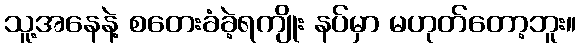
သူ့အနေနဲ့ စတေးခံခဲ့ရကျိုး နပ်မှာ မဟုတ်တော့ဘူး။